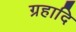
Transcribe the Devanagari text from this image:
ग्रहादि